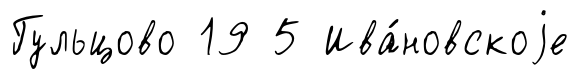
Гульцово 19 5 Ива́новскоjе